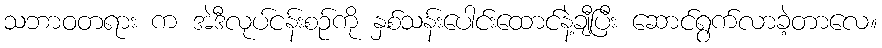
သဘာဝတရား က အဲဒီလုပ်ငန်းစဉ်ကို နှစ်သန်းပေါင်းထောင်နဲ့ချီပြီး ဆောင်ရွက်လာခဲ့တာလေ။